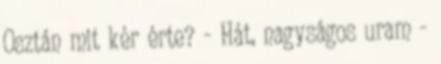
Osztán mit kér érte? - Hát, nagyságos uram -